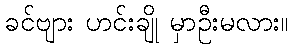
ခင်ဗျား ဟင်းချို မှာဦးမလား။